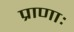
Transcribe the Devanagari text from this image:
प्राणाः